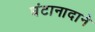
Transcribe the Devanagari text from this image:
घंटानादाने